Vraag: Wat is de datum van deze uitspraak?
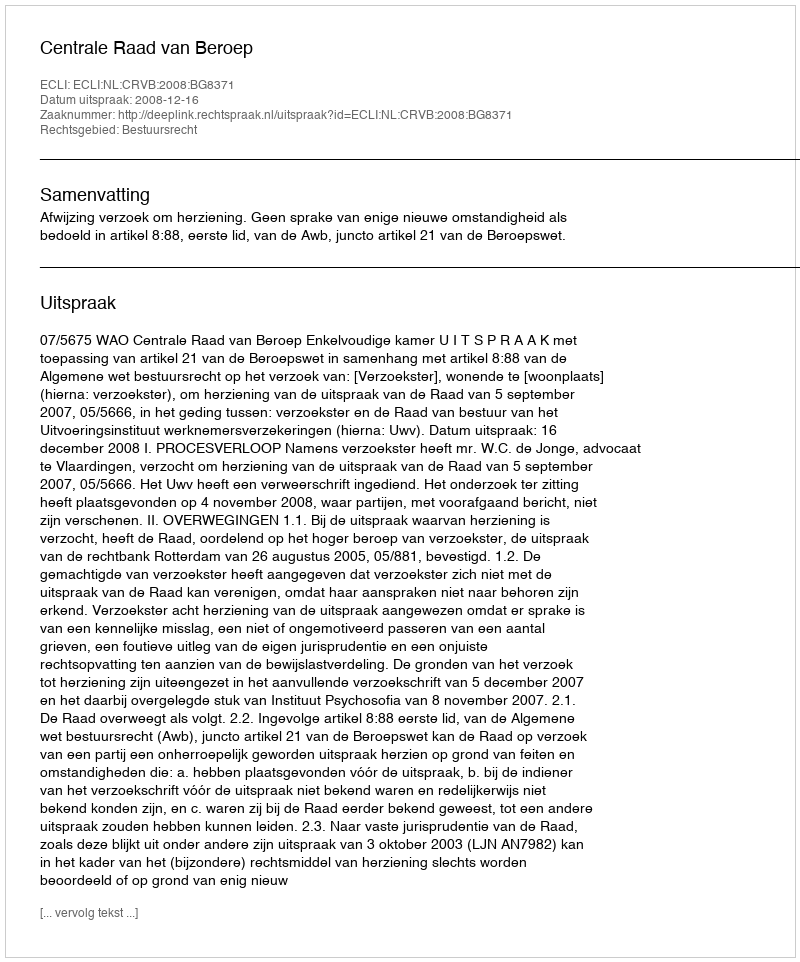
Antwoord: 2008-12-16